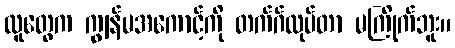
လူတွေက ကျွန်မအကောင့်ကို တက်ဂ်လုပ်တာ မကြိုက်ဘူး။